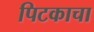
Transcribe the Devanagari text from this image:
पिटकाचा